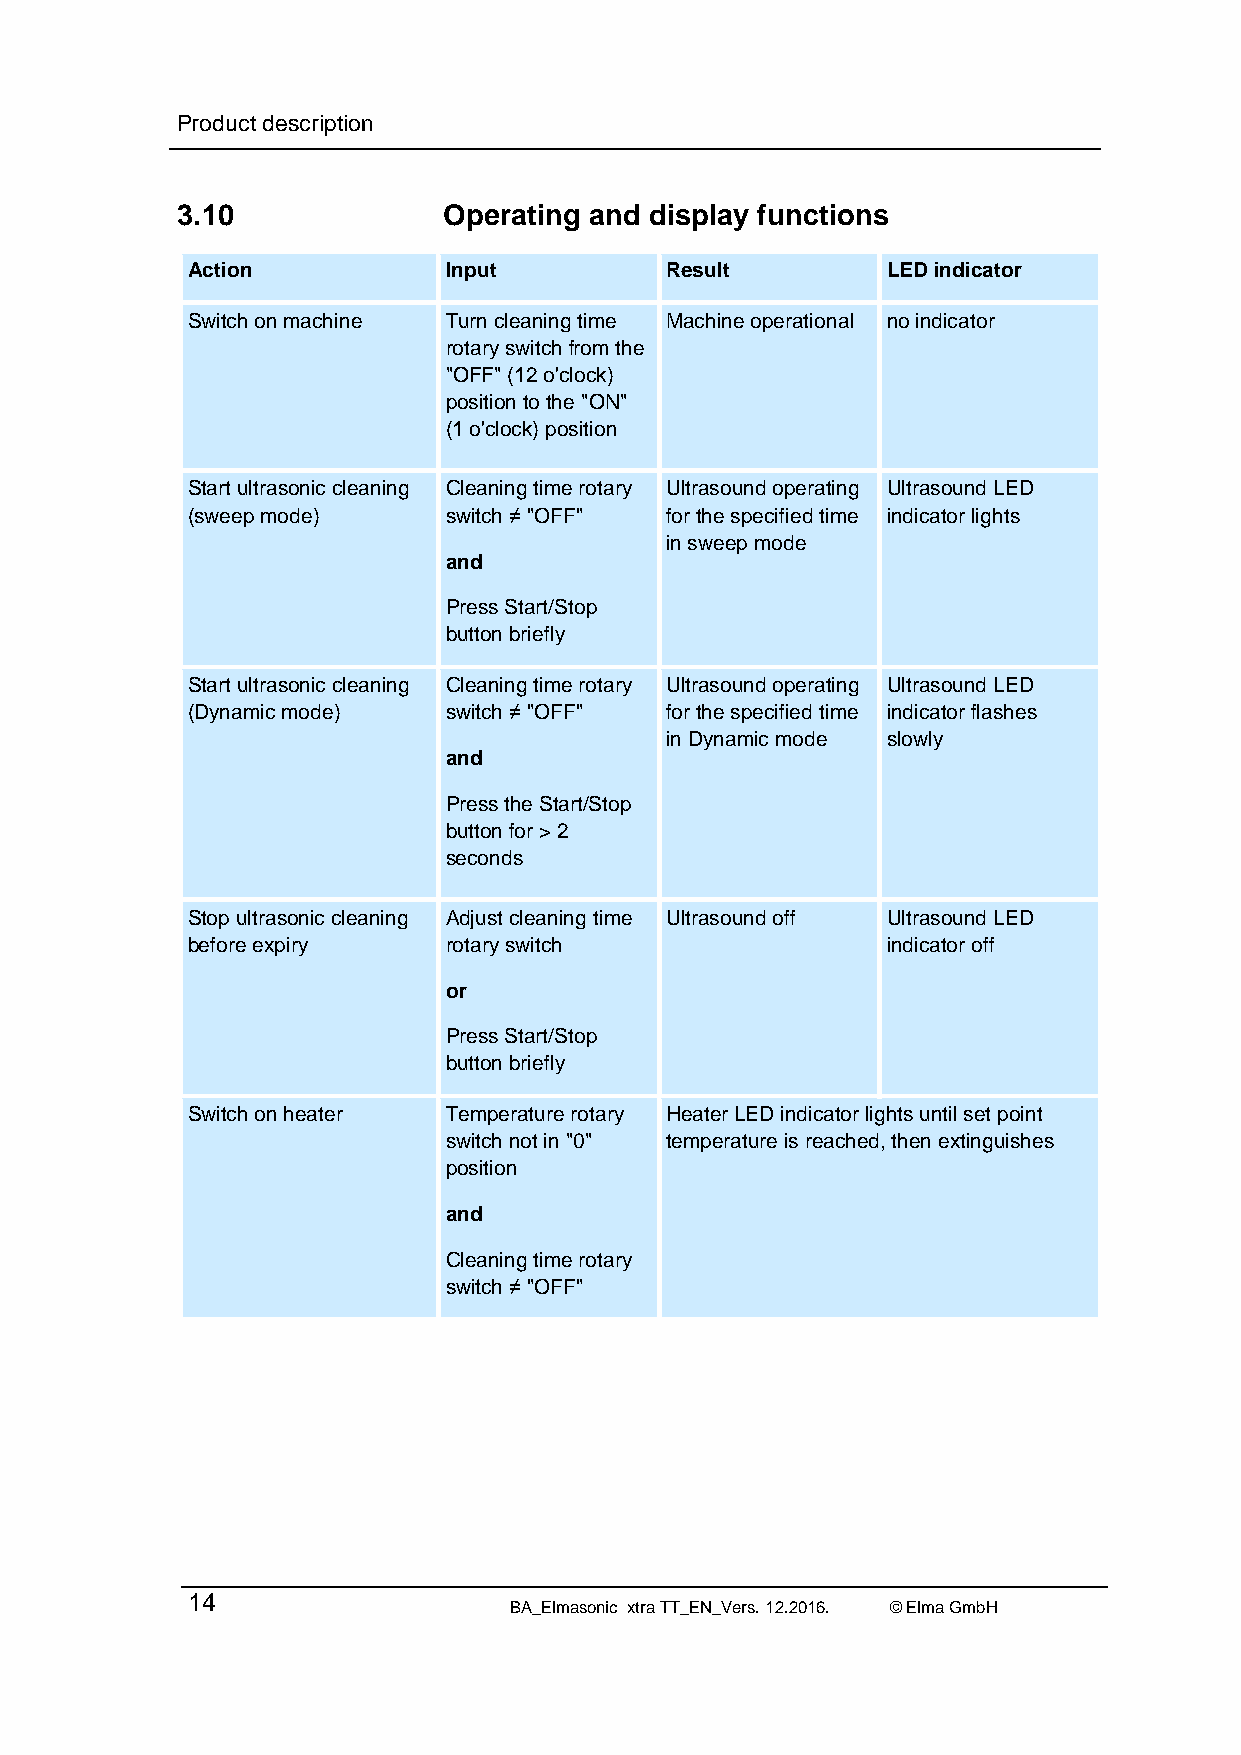
Product description
 3.10             Operating and display functions
 Action            Input         Result         LED indicator
 Switch on machine Turn cleaning time Machine operational no indicator
 rotary switch from the
 "OFF" (12 o'clock)
 position to the "ON"
 (1 o'clock) position
 Start ultrasonic cleaning Cleaning time rotary Ultrasound operating Ultrasound LED
 (sweep mode)      switch ≠ "OFF" for the specified time indicator lights
 in sweep mode
 and
 Press Start/Stop
 button briefly
 Start ultrasonic cleaning Cleaning time rotary Ultrasound operating Ultrasound LED
 (Dynamic mode)    switch ≠ "OFF" for the specified time indicator flashes
 in Dynamic mode slowly
 and
 Press the Start/Stop
 button for > 2
 seconds
 Stop ultrasonic cleaning Adjust cleaning time Ultrasound off Ultrasound LED
 before expiry     rotary switch                indicator off
 or
 Press Start/Stop
 button briefly
 Switch on heater  Temperature rotary Heater LED indicator lights until set point
 switch not in "0" temperature is reached, then extinguishes
 position
 and
 Cleaning time rotary
 switch ≠ "OFF"
 14
 BA_Elmasonic xtra TT_EN_Vers. 12.2016. © Elma GmbH